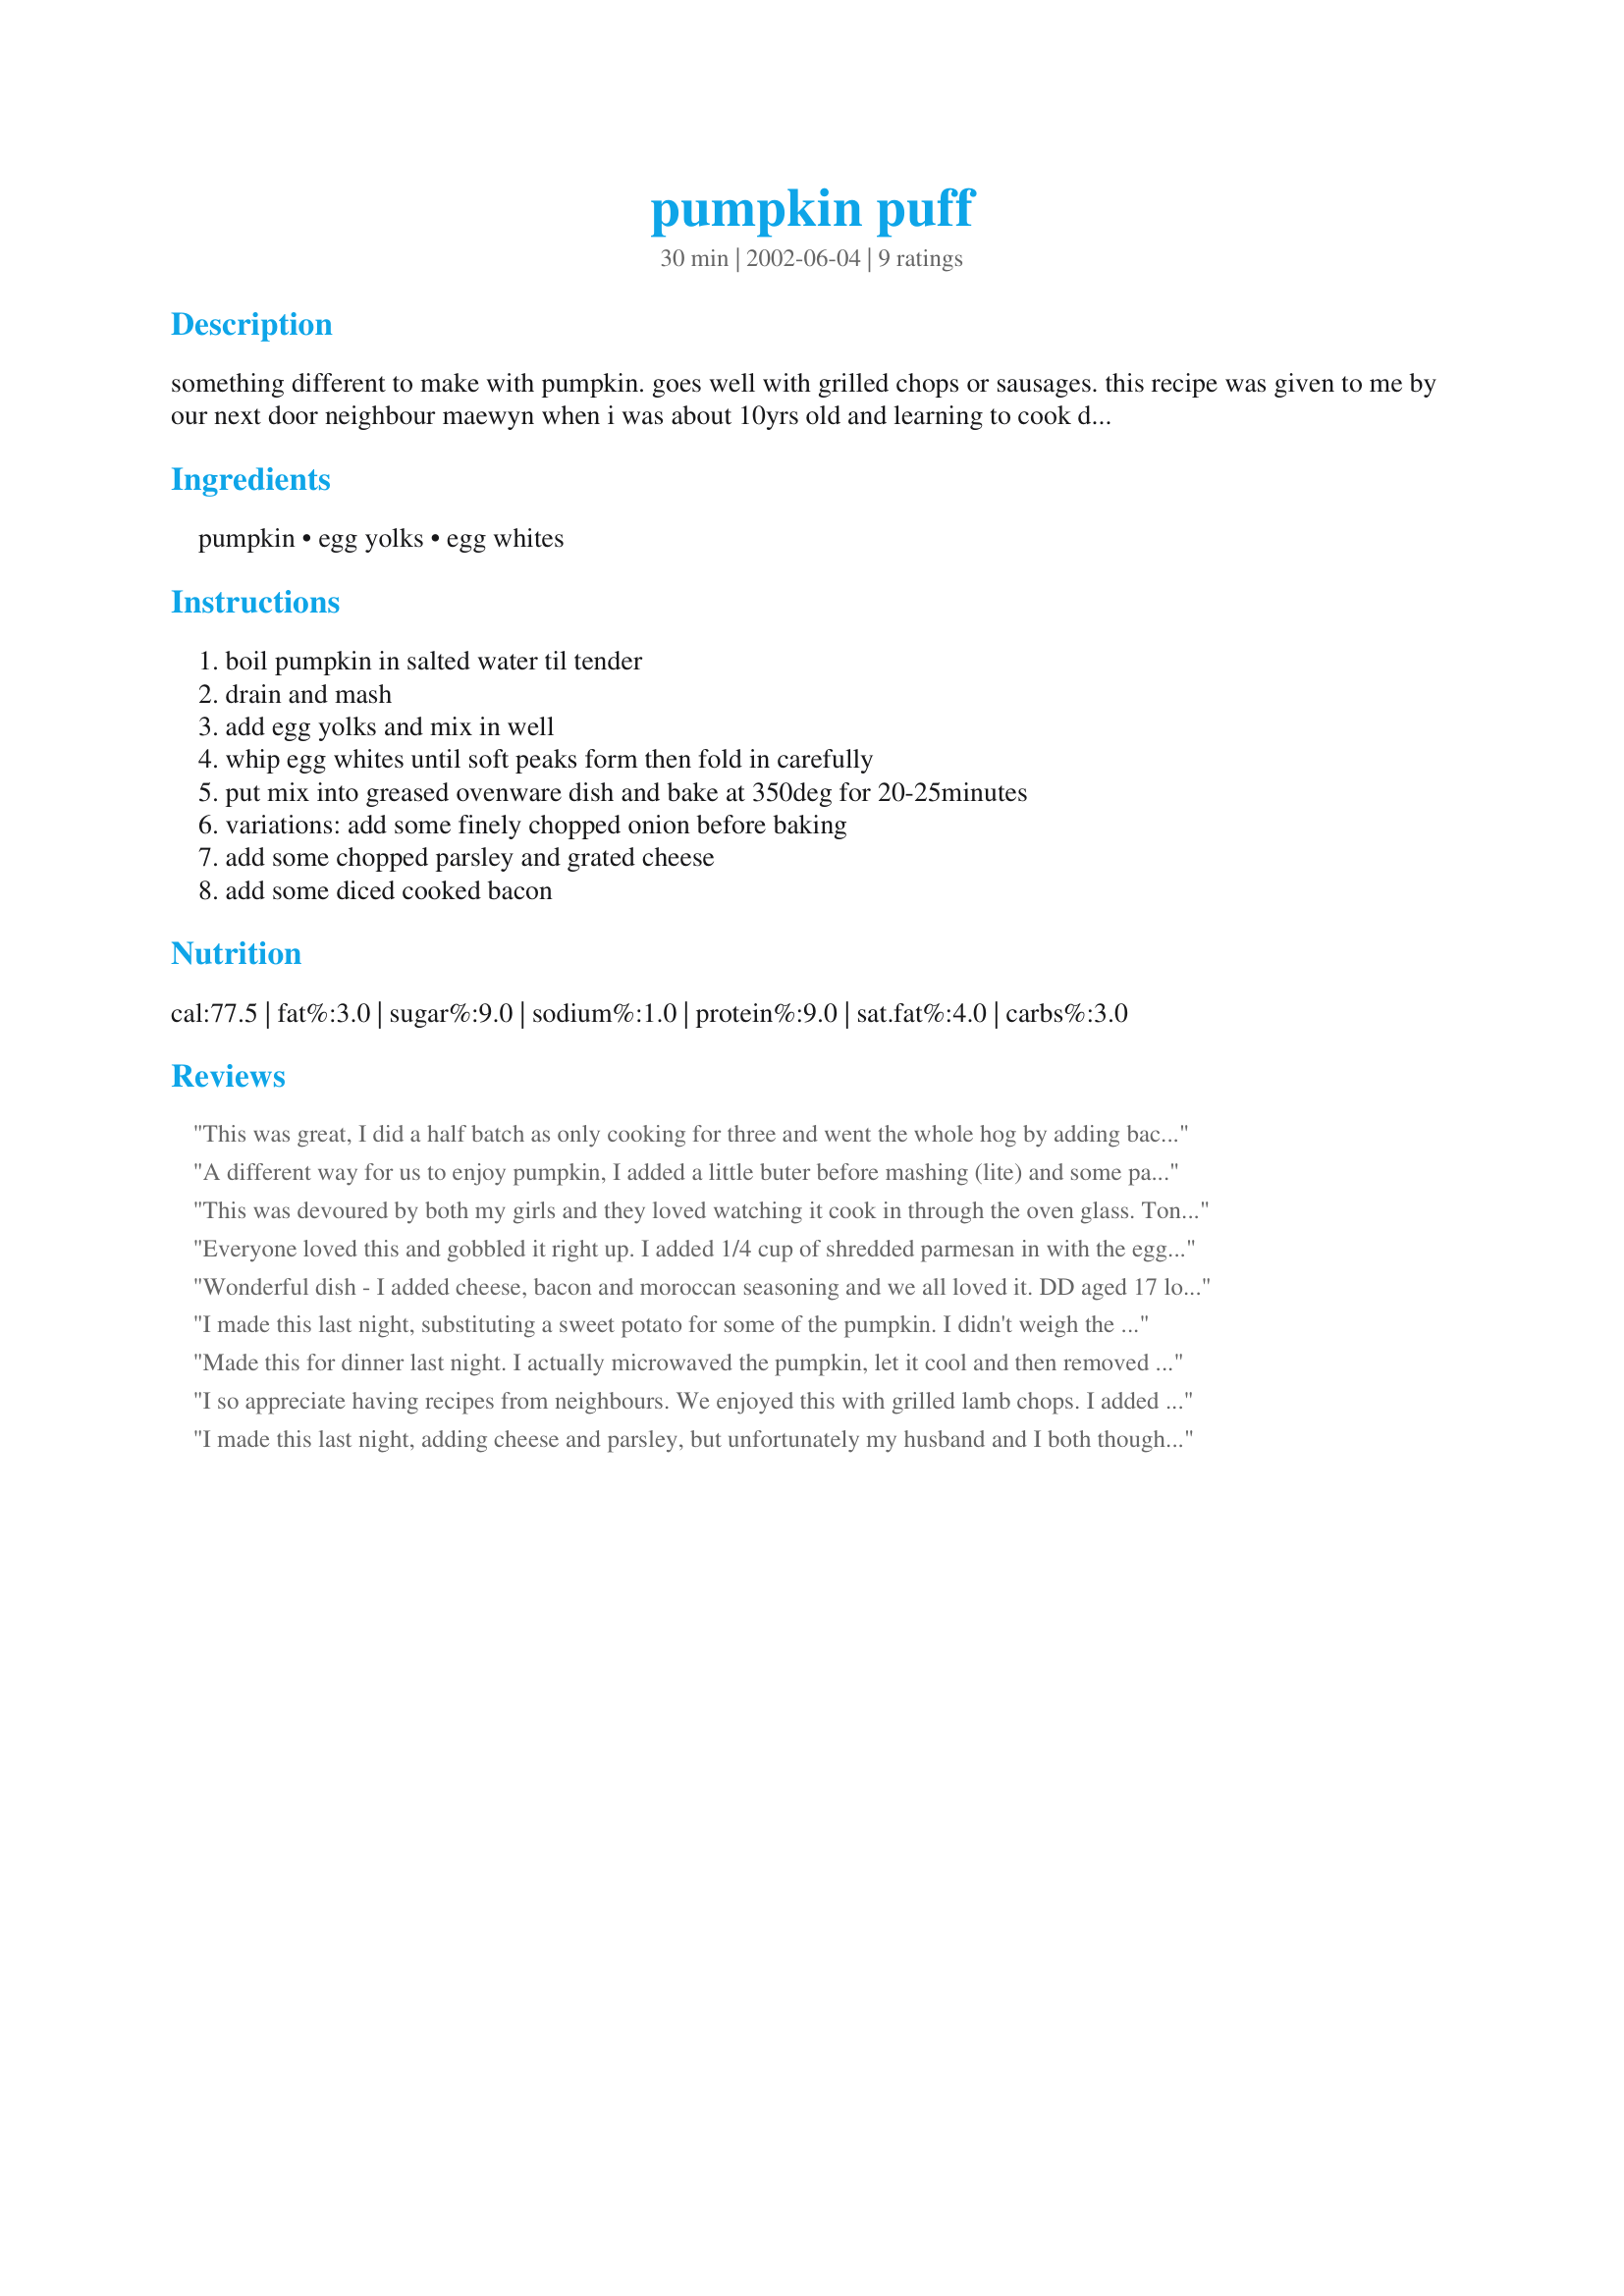
pumpkin puff
Preparation time: 30 minutes

something different to make with pumpkin. goes well with grilled chops or sausages. this recipe was given to me by our next door neighbour maewyn when i was about 10yrs old and learning to cook different foods:) i could always be found in her kitchen when not in ours:)

Ingredients:
pumpkin, egg yolks, egg whites

Steps:
boil pumpkin in salted water til tender, drain and mash, add egg yolks and mix in well, whip egg whites until soft peaks form then fold in carefully, put mix into greased ovenware dish and bake at 350deg for 20-25minutes, variations: add some finely chopped onion before baking, add some chopped parsley and grated cheese, add some diced cooked bacon

Reviews:
This was great, I did a half batch as only cooking for three and went the whole hog by adding bacon, onion, cheese & parsley. Fantastic & different side which was absolutely devoured by my 18 mth old, she was still stating "More" even when all gone. I served this with recipe #198051 & recipe #172583.
A different way for us to enjoy pumpkin, I added a little buter before mashing (lite) and some parsely flakes and a little grated cheese.
Thanks Jen.
This was devoured by both my girls and they loved watching it cook in through the oven glass. Tonight I added some dried parsley as I wanted to keep it fairly plain but next time I will take your advice and add bacon, onion and cheese. Such a versatile recipe. Thanks Jen for a keeper that I will use again and again.
Everyone loved this and gobbled it right up. I added 1/4 cup of shredded parmesan in with the egg yolks and did the rest just as described. It took about 35 minutes of cooking 'til set but was light and airy right out of the oven. Yum!
Wonderful dish - I added cheese, bacon and moroccan seasoning and we all loved it. DD aged 17 looked at it and said it just looked like mashed pumpkin and then proceeded to clear her plate totally ! Next time will add herbs from the garden but it was too chilly for me to make the foray but there will be a next time.
I made this last night, substituting a sweet potato for some of the pumpkin. I didn't weigh the final amount of pumpkin/potato & I think I should have used another egg because it didn't set up all the way. I also added about 1/2 cup of toasted pecan pieces and it was wonderful. Next time I will weigh the ingredients. Thank you for something new and different to make for dinner!
Made this for dinner last night. I actually microwaved the pumpkin, let it cool and then removed skin ....sooo easy this way !!
I used parsley and cheese, and it turned out great. A great easy and tasty way to serve pumpkin, even the two non-pumpkin eaters loved They thought it tasted like a pumpkin quiche !!!! They hate pumpkin ...love quiche and want this again.... I am ain't telling them its not quiche!!!
Great recipe Jen T, I certainly will be making this one again, and next time (like the other reviewers) I will be trying it with bacon..... yummy !!!
...Thanks again for another great recipe Jen !!
I so appreciate having recipes from neighbours. We enjoyed this with grilled lamb chops. I added 1/2 a small onion (chopped finely) and about 1/3 cup of chopped parsley. Next time I will also add your suggestions of cheese and bacon. Fussy Aunt Esther wanted more kick, so I will also add some tabasco, cayenne or chili flakes. Before we tasted the finished dish, we wondered if it might need salt, but it didn't. Thanks Jen for such an interesting, new way with pumpkin. I expect to make this often in future. I can imagine boiling the pumpkin in the morning -- or even the night before -- and having the whole concoction ready to go in the oven about 30 minutes before dinner is ready. Too easy!
I made this last night, adding cheese and parsley, but unfortunately my husband and I both thought it was too bland. Since I have a lot of pumpkin to use up, I decided to make it again tonight, only this time I added chipotle pepper, cilantro, and a bit of honey, and we ended up really liking it that way. I might experiment with different additions in the future.
